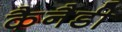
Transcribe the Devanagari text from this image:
कैनैडी